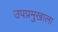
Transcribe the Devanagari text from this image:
उपप्रमुखाला